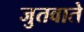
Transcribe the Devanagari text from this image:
जुतवाते